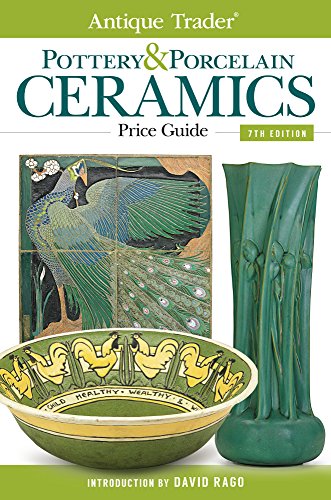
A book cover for Antique Trader Pottery & Porcelain Ceramics Price Guide (Antique Trader Pottery and Porcelain Ceramics Price Guide); Crafts, Hobbies & Home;